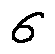
\sigma